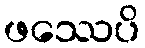
ဖဿေပိ